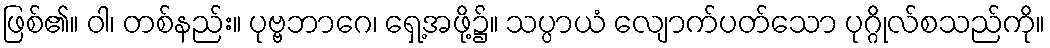
ဖြစ်၏။ ဝါ၊ တစ်နည်း။ ပုဗ္ဗဘာဂေ၊ ရှေ့အဖို့၌။ သပ္ပာယံ လျောက်ပတ်သော ပုဂ္ဂိုလ်စသည်ကို။